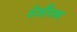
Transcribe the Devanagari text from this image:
सेशौनक